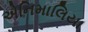
એનિમાલિયા